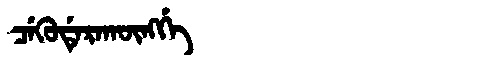
Manchu: ᠴᡝᡴᡠᡩᡝᡵᠠᡴᡡᠩᡤᡝ
Romanization: CEKUDERAKŪNGGE